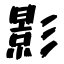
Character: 影